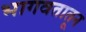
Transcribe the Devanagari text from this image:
भागवतातून